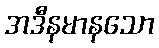
အဒီနမာနသော